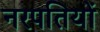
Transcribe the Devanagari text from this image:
नरपतियों